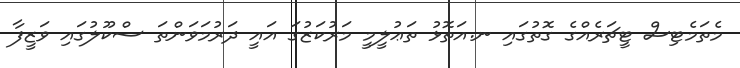
މެތަމެޓިސް ޓީޗަރެއްގެ ގޮތުގައި ނ.އަތޮޅު ތަޢުލީމީ މަރުކަޒުގަ އައީ ދަރުމަވަންތަ ސްކޫލުގައި ވަޒީފާ